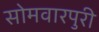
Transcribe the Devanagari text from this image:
सोमवारपुरी